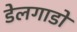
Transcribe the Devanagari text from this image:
डेलगाडो